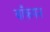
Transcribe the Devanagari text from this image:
बाँकपन